Subject: math
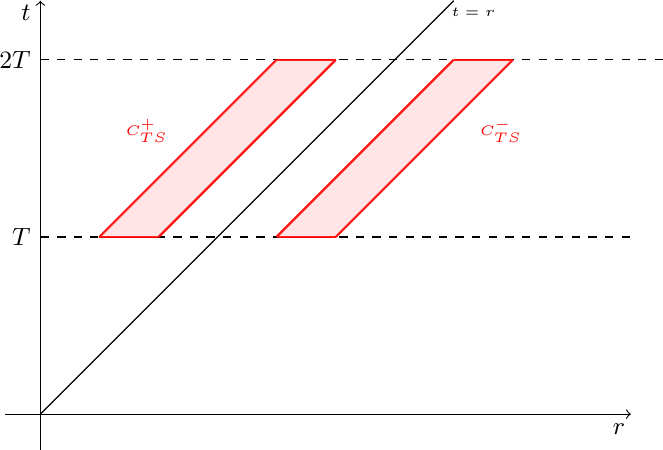
LaTeX code:
\begin{tikzpicture}[scale=1.5]

\draw[->] (0,-0.3) -- (0,3.5);
\draw[->] (-0.3,0) -- (5,0);
\node[below] at (4.9,0) {\small $r$};
\node[left] at (0,3.4) {\small $t$};

\draw [domain=0:3.5] plot(\x, \x);
\node[right] at (3.4,3.4) {\tiny $t=r$};

\draw[dashed] [domain=0:5] plot (\x, 1.5);
\node[left] at (0,1.5) {\small $T$};
\draw[dashed] [domain=0:5.3] plot (\x, 3);
\node[left] at (0,3) {\small $2T$};

\draw[red, thick] [domain=0.5:2] plot(\x+.5, \x+1);
 \draw[red, thick] [domain=.5:2] plot(\x, \x+1);
 \draw[red, thick] [domain=0:0.5] plot(\x+.5, 1.5);
 \draw[red, thick] [domain=1.5:2] plot(\x+.5, 3);

  \node[red,thick] at (0.9, 2.4) {\tiny $C^+_{TS}$};

 \draw[red, thick] [domain=2.5:4] plot(\x-.5, \x-1);
 \draw[red, thick] [domain=3.5:5] plot(\x-1, \x-2);
\draw[red, thick] [domain=2.5:3] plot(\x-.5, 1.5);
 \draw[red, thick] [domain=4:4.5] plot(\x-.5, 3);
   \node[red,thick] at (3.9, 2.4) {\tiny $C^{-}_{TS}$};

\fill[red!40,nearly transparent] (2,1.5) -- (2.5,1.5) -- (4,3) -- (3.5,3) -- cycle;

\fill[red!40,nearly transparent]  (0.5,1.5) -- (1,1.5) -- (2.5,3) -- (2, 3) -- cycle;

\end{tikzpicture}